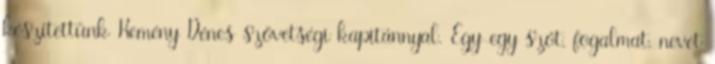
készítettünk Kemény Dénes szövetségi kapitánnyal. Egy-egy szót, fogalmat, nevet